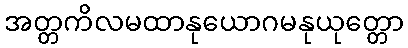
အတ္တကိလမထာနုယောဂမနုယုတ္တော